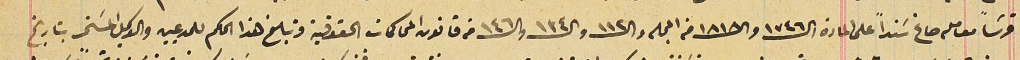
قرشاً معامله صاغ سَنداً على المادة الـ ١٧٤٦ والـ ١٨١٨ من المجله وال١١٢ والـ١٣٤والـ١٤٦ من قانون المحاكمات الحقوقية وتبلغ هذا الحكم للمدعيين والوكيل المسَخر بتاريخ